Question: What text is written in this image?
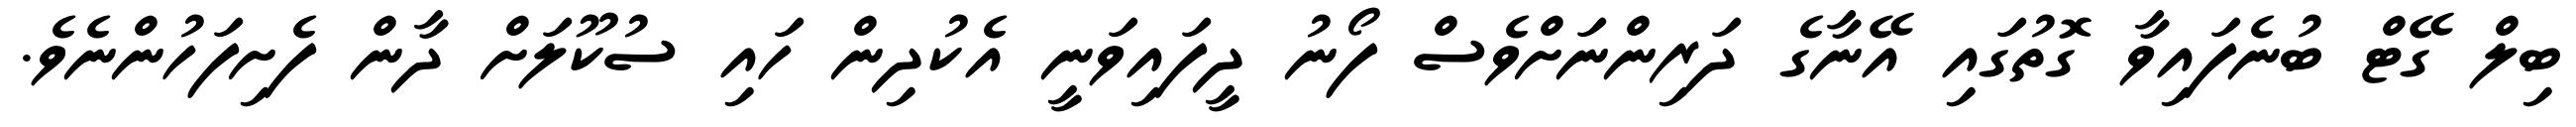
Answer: ބިލް ގޭޓް ބުނެފައިވާ ގޮތުގައި އޭނާގެ ދަރިންނަށްވެސް ފޯނު ދީފައިވަނީ އެކުދިން ހައި ސުކޫލަށް ދާން ފެށިފަހުންނެވެ.